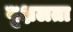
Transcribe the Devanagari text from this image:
वृक्षलता